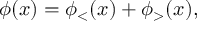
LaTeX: \phi ( x ) = \phi _ { < } ( x ) + \phi _ { > } ( x ) ,